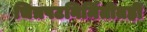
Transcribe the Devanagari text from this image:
चित्रपटनिर्मितीतही